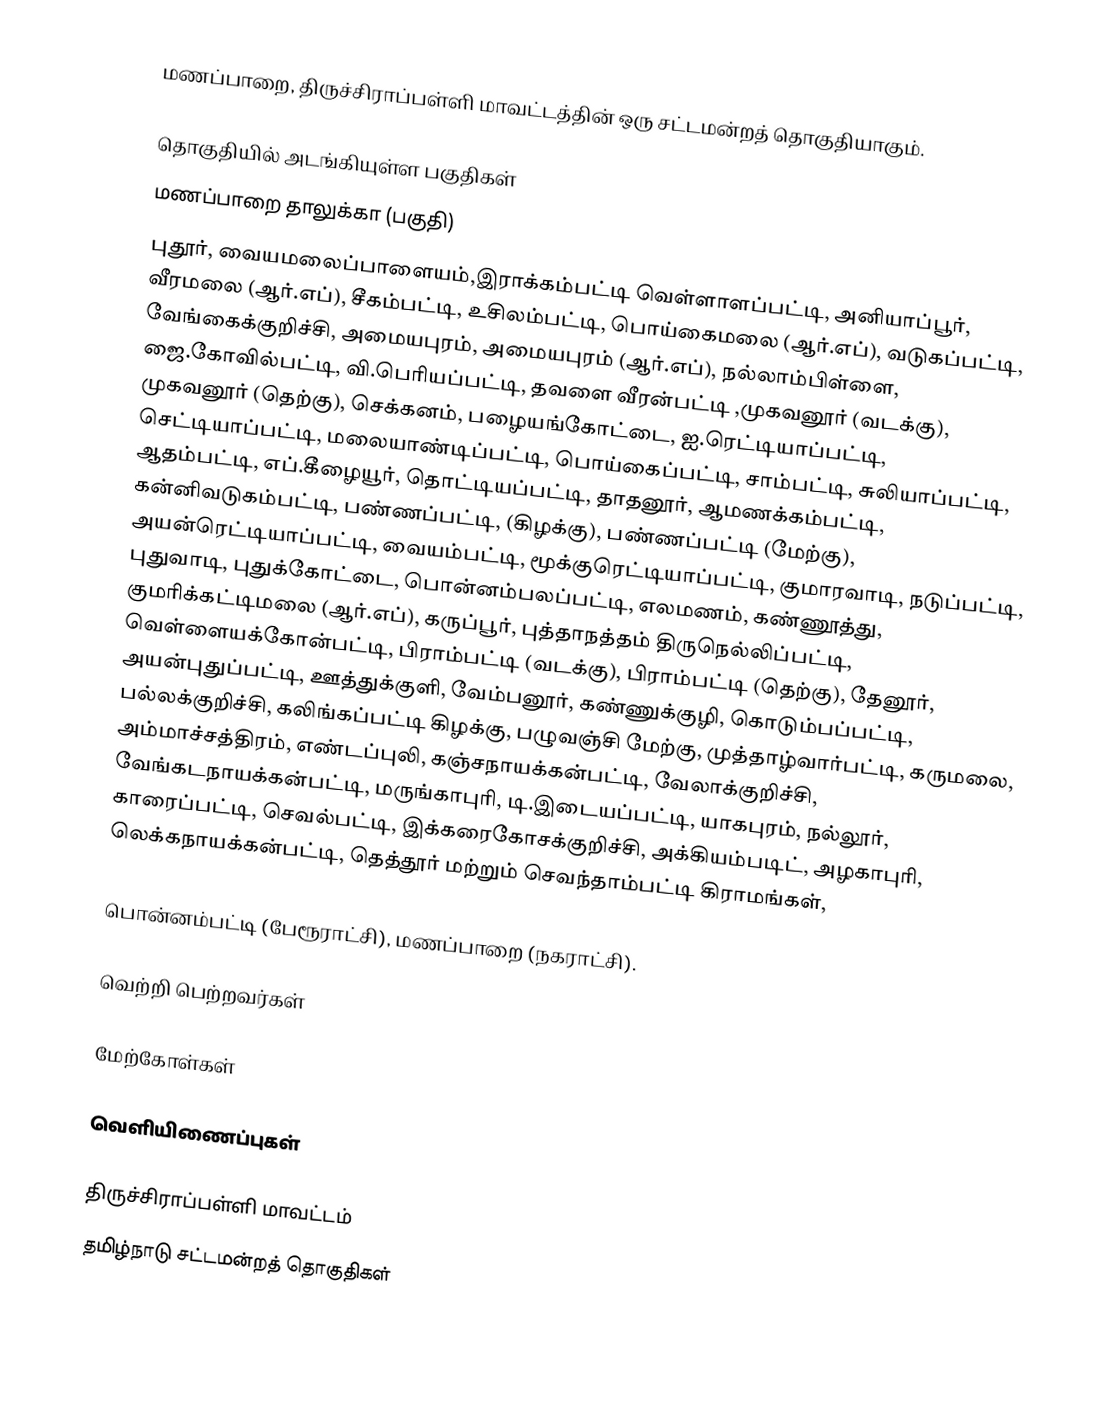
மணப்பாறை, திருச்சிராப்பள்ளி மாவட்டத்தின் ஒரு சட்டமன்றத் தொகுதியாகும்.

தொகுதியில் அடங்கியுள்ள பகுதிகள்
மணப்பாறை தாலுக்கா (பகுதி)
புதூர், வையமலைப்பாளையம்,இராக்கம்பட்டி வெள்ளாளப்பட்டி, அனியாப்பூர், வீரமலை (ஆர்.எப்), சீகம்பட்டி, உசிலம்பட்டி, பொய்கைமலை (ஆர்.எப்), வடுகப்பட்டி, வேங்கைக்குறிச்சி, அமையபுரம், அமையபுரம் (ஆர்.எப்), நல்லாம்பிள்ளை, ஜை.கோவில்பட்டி, வி.பெரியப்பட்டி, தவளை வீரன்பட்டி ,முகவனூர் (வடக்கு), முகவனூர் (தெற்கு), செக்கனம், பழையங்கோட்டை, ஐ.ரெட்டியாப்பட்டி, செட்டியாப்பட்டி, மலையாண்டிப்பட்டி, பொய்கைப்பட்டி, சாம்பட்டி, சுலியாப்பட்டி, ஆதம்பட்டி, எப்.கீழையூர், தொட்டியப்பட்டி, தாதனூர், ஆமணக்கம்பட்டி, கன்னிவடுகம்பட்டி, பண்ணப்பட்டி, (கிழக்கு), பண்ணப்பட்டி (மேற்கு), அயன்ரெட்டியாப்பட்டி, வையம்பட்டி, மூக்குரெட்டியாப்பட்டி, குமாரவாடி, நடுப்பட்டி, புதுவாடி, புதுக்கோட்டை, பொன்னம்பலப்பட்டி, எலமணம், கண்ணூத்து, குமரிக்கட்டிமலை (ஆர்.எப்), கருப்பூர், புத்தாநத்தம் திருநெல்லிப்பட்டி, வெள்ளையக்கோன்பட்டி, பிராம்பட்டி (வடக்கு), பிராம்பட்டி (தெற்கு), தேனூர், அயன்புதுப்பட்டி, ஊத்துக்குளி, வேம்பனூர், கண்ணுக்குழி, கொடும்பப்பட்டி, பல்லக்குறிச்சி, கலிங்கப்பட்டி கிழக்கு, பழுவஞ்சி மேற்கு, முத்தாழ்வார்பட்டி, கருமலை, அம்மாச்சத்திரம், எண்டப்புலி, கஞ்சநாயக்கன்பட்டி, வேலாக்குறிச்சி, வேங்கடநாயக்கன்பட்டி, மருங்காபுரி, டி.இடையப்பட்டி, யாகபுரம், நல்லூர், காரைப்பட்டி, செவல்பட்டி, இக்கரைகோசக்குறிச்சி, அக்கியம்படிட், அழகாபுரி, லெக்கநாயக்கன்பட்டி, தெத்தூர் மற்றும் செவந்தாம்பட்டி கிராமங்கள்,

பொன்னம்பட்டி (பேரூராட்சி), மணப்பாறை (நகராட்சி).

வெற்றி பெற்றவர்கள்

மேற்கோள்கள்

வெளியிணைப்புகள்

திருச்சிராப்பள்ளி மாவட்டம்
தமிழ்நாடு சட்டமன்றத் தொகுதிகள்